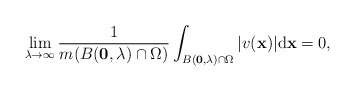
\begin{align*} \lim_{\lambda\to \infty}\frac{1}{m(B(\mathbf 0,\lambda)\cap\Omega)}\int_{B(\mathbf 0,\lambda)\cap \Omega}\vert v(\mathbf x)\vert \mathrm d \mathbf x=0, \end{align*}